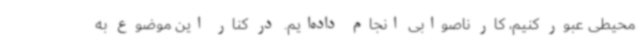
محیطی عبور کنیم، کار ناصوابی انجام داده‌ایم. در کنار این موضوع به